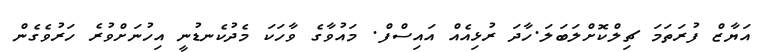
އަޔާޒް ފުރަތަމަ ޗިލްކޮށްލަބަލަ.ހާދަ ރުޅިއެއް އައިސްފް. މައުވާގެ ވާހަކަ މެދުކެނޑުނީ އިހުނަށްވުރެ ހަރުވެގެން